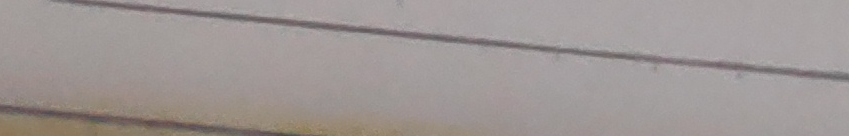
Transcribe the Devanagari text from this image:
चाहिए